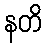
နတိ